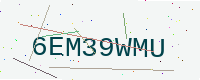
Text: 6EM39WMU